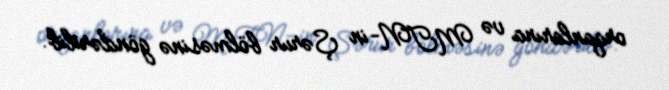
orqanlarına və MTN-in Şərur bölməsinə göndərilib.